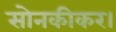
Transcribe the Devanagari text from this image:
सोनकीकर।